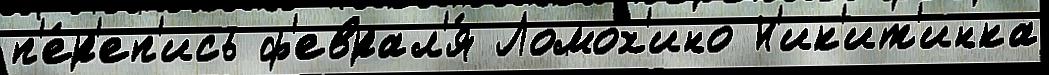
п'е́р'еп'ись ф'еврал'я́ Ломох'ино Н'ик'ит'инка